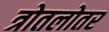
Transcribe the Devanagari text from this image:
त्रोतलोतर